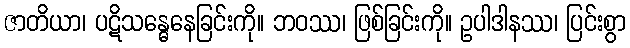
ဇာတိယာ၊ ပဋိသန္ဓေနေခြင်းကို။ ဘဝဿ၊ ဖြစ်ခြင်းကို။ ဥပါဒါနဿ၊ ပြင်းစွာ